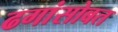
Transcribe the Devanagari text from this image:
ढगांसोबत